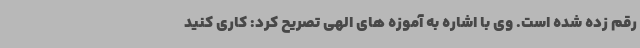
رقم زده شده است. وی با اشاره به آموزه های الهی تصریح کرد: کاری کنید